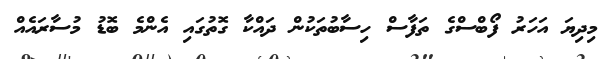
މިދިޔަ އަހަރު ފޯބްސްގެ ތަފާސް ހިސާބުތަކުން ދައްކާ ގޮތުގައި އެންމެ ބޮޑު މުސާރައެއް